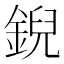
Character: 𫒪